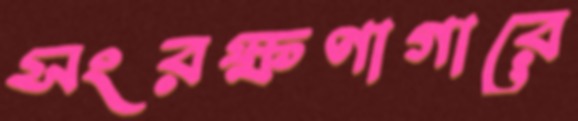
সংরক্ষণাগারে